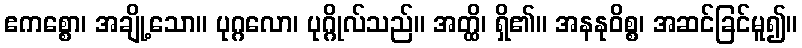
ဧကစ္စော၊ အချို့သော။ ပုဂ္ဂလော၊ ပုဂ္ဂိုလ်သည်။ အတ္ထိ၊ ရှိ၏။ အနနုဝိစ္စ၊ အဆင်ခြင်မူ၍။